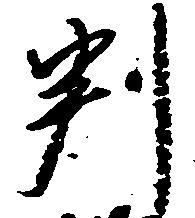
判